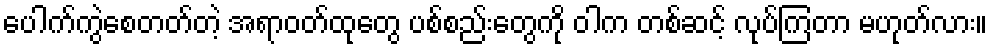
ပေါက်ကွဲစေတတ်တဲ့ အရာဝတ်ထုတွေ ပစ်စည်းတွေကို ဝါက တစ်ဆင့် လုပ်ကြတာ မဟုတ်လား။